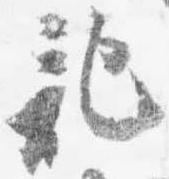
記